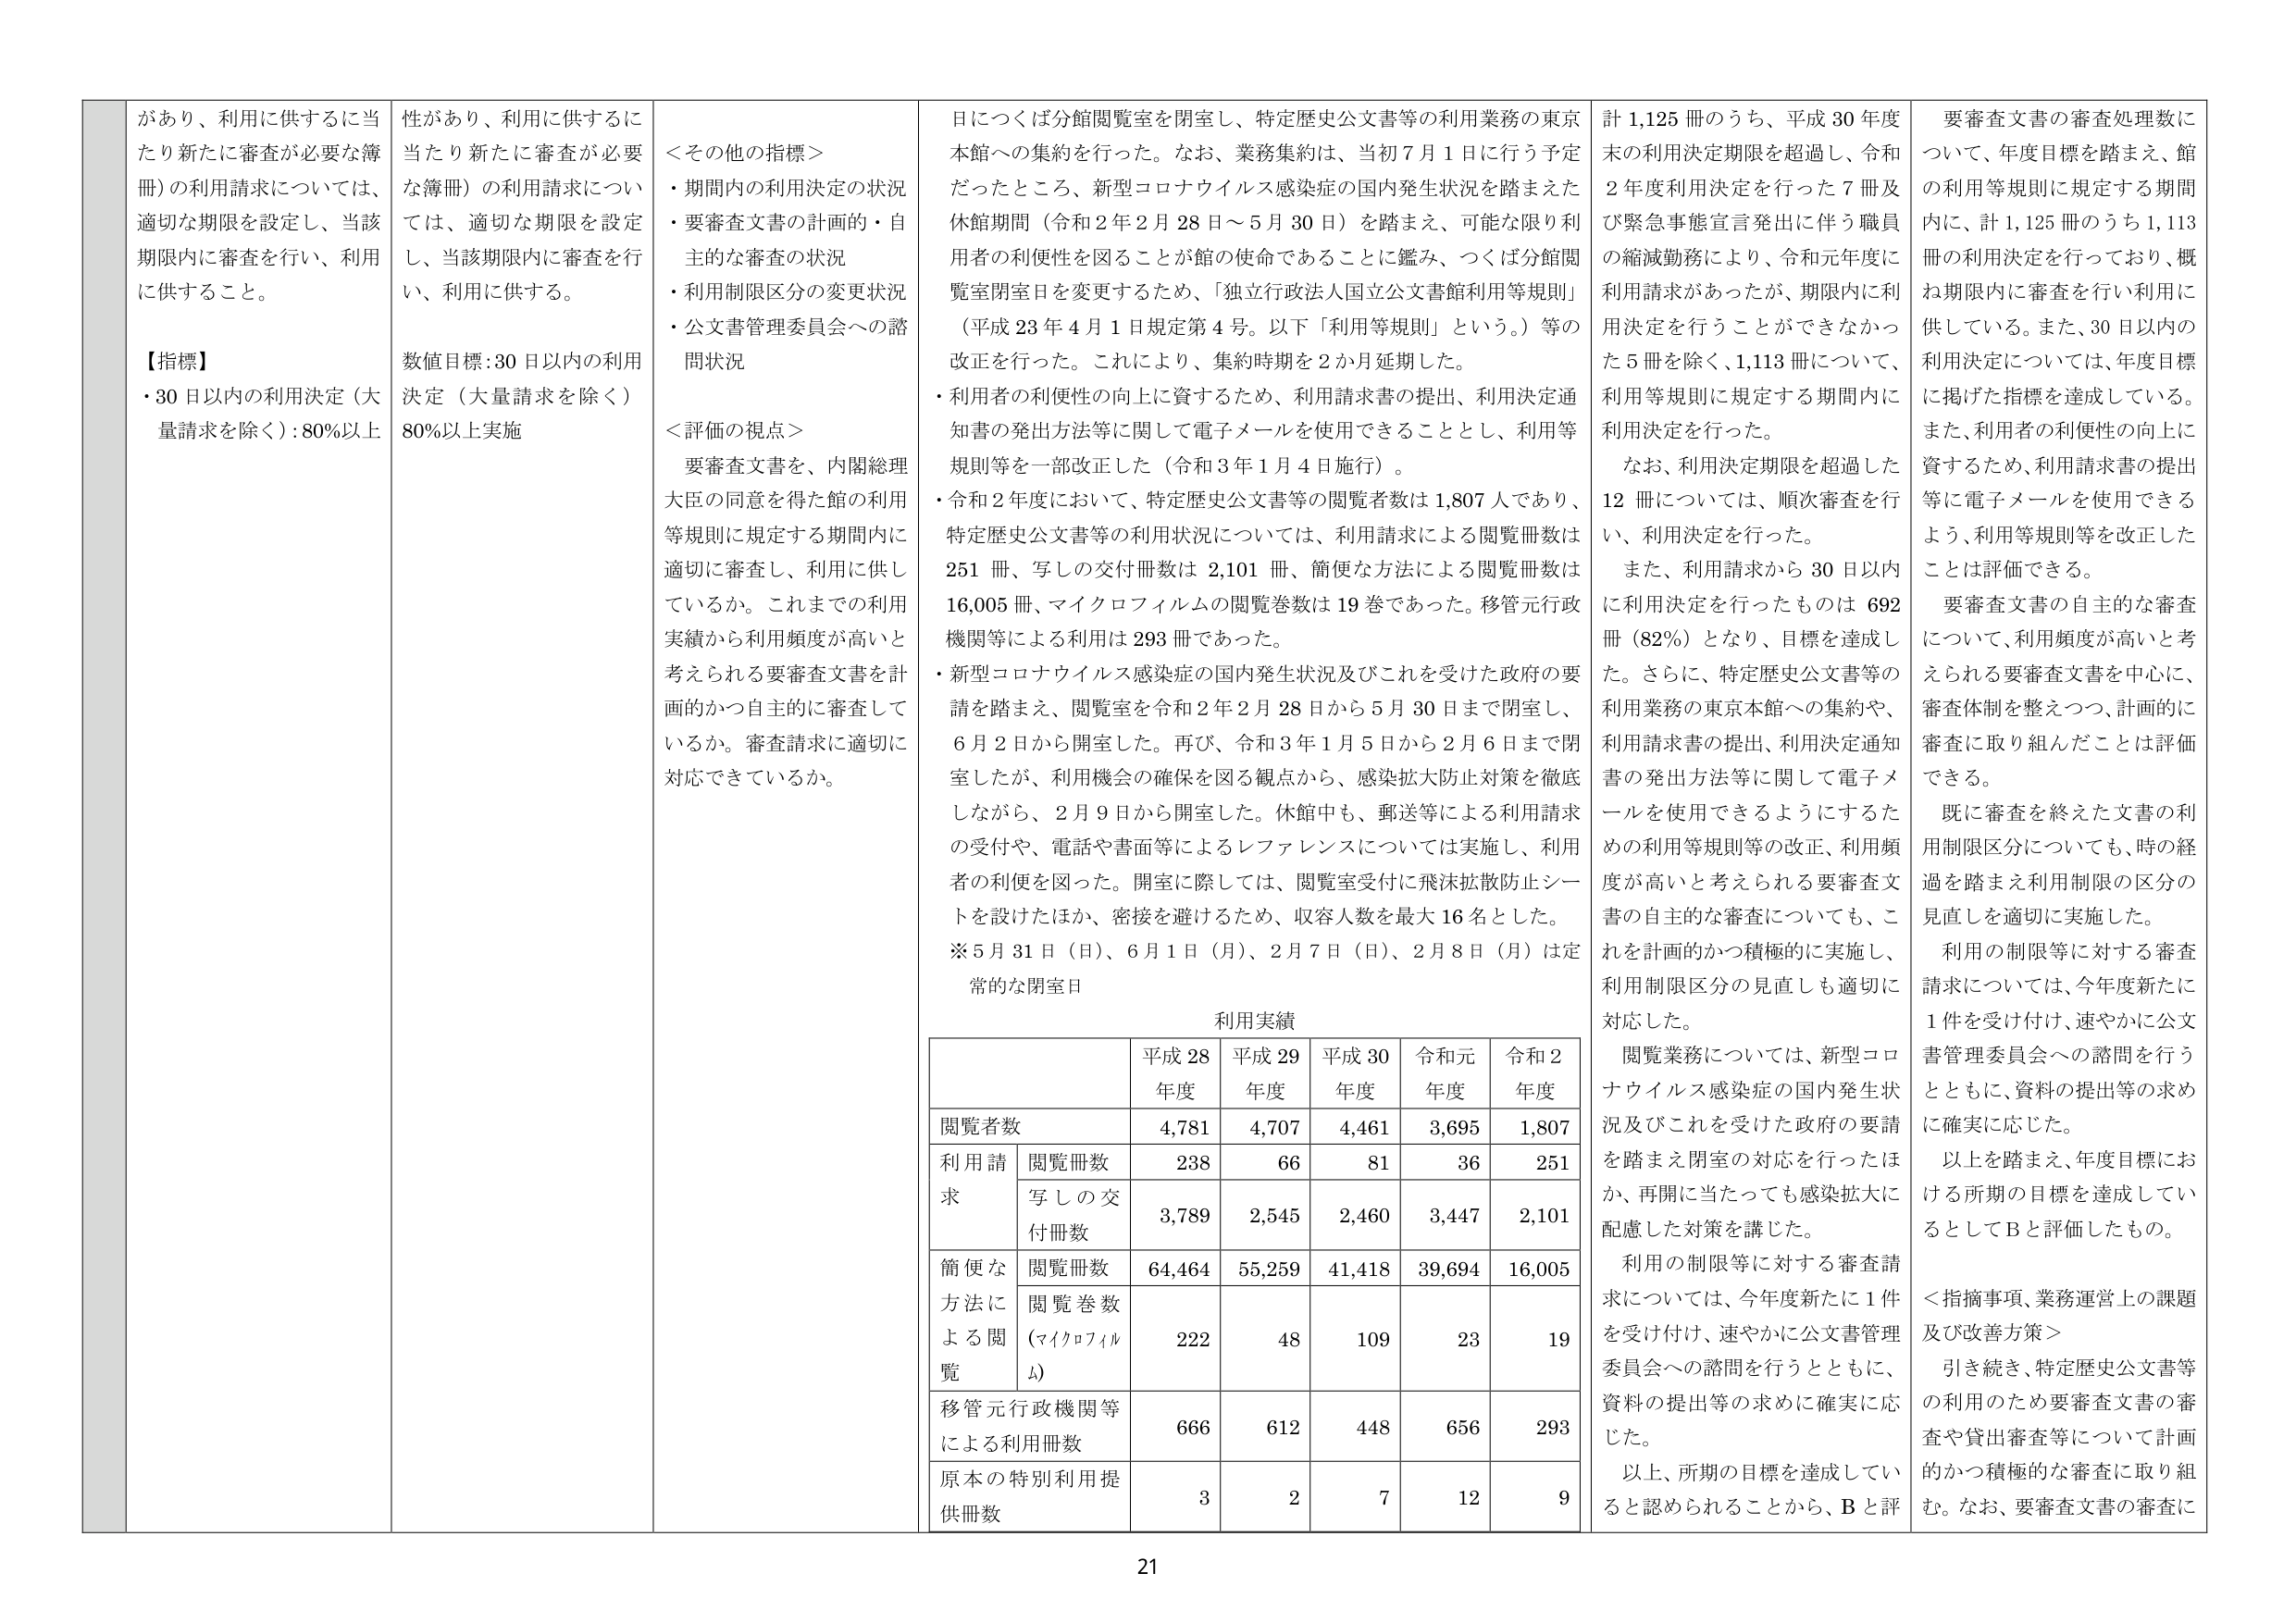
があり、利用に供するに当たり新たに審査が必要な簿冊）の利用請求については、適切な期限を設定し、当該期限内に審査を行い、利用に供すること。

【指標】
・30日以内の利用決定（大量請求を除く）：80％以上

性があり、利用に供するに当たり新たに審査が必要な簿冊）の利用請求については、適切な期限を設定し、当該期限内に審査を行い、利用に供する。

数値目標：30日以内の利用決定（大量請求を除く）80％以上実施

＜その他の指標＞
・期間内の利用決定の状況
・要審査文書の計画的・自主的な審査の状況
・利用制限区分の変更状況
・公文書管理委員会への諮問状況

＜評価の視点＞
要審査文書を、内閣総理大臣の同意を得た館の利用等規則に規定する期間内に適切に審査し、利用に供しているか。これまでの利用実績から利用頻度が高いと考えられる要審査文書を計画的かつ自主的に審査しているか。審査請求に適切に対応できているか。

日につくば分館閲覧室を閉室し、特定歴史公文書等の利用業務の東京本館への集約を行った。なお、業務集約は、当初7月1日に行う予定だったところ、新型コロナウイルス感染症の国内発生状況を踏まえた休館期間（令和2年2月28日～5月30日）を踏まえ、可能な限り利用者の利便性を図ることが館の使命であることに鑑み、つくば分館閲覧室閉室日を変更するため、「独立行政法人国立公文書館利用等規則」（平成23年4月1日規定第4号。以下「利用等規則」という。）等の改正を行った。これにより、集約時期を2か月延期した。

・利用者の利便性の向上に資するため、利用請求書の提出、利用決定通知書の発出方法等に関して電子メールを使用できることとし、利用等規則等を一部改正した（令和3年1月4日施行）。

・令和2年度において、特定歴史公文書等の閲覧者数は1,807人であり、特定歴史公文書等の利用状況については、利用請求による閲覧冊数は251冊、写しの交付冊数は2,101冊、簡便な方法による閲覧冊数は16,005冊、マイクロフィルムの閲覧巻数は19巻であった。移管元行政機関等による利用は293冊であった。

・新型コロナウイルス感染症の国内発生状況及びこれを受けた政府の要請を踏まえ、閲覧室を令和2年2月28日から5月30日まで閉室し、6月2日から開室した。再び、令和3年1月5日から2月6日まで閉室したが、利用機会の確保を図る観点から、感染拡大防止対策を徹底しながら、2月9日から開室した。休館中も、郵送等による利用請求の受付や、電話や書面等によるレファレンスについては実施し、利用者の利便を図った。開室に際しては、閲覧室受付に飛沫拡散防止シートを設けたほか、密接を避けるため、収容人数を最大16名とした。

※5月31日（日）、6月1日（月）、2月7日（日）、2月8日（月）は定常的な閉室日

利用実績

| | 平成28年度 | 平成29年度 | 平成30年度 | 令和元年度 | 令和2年度 |
|---|---|---|---|---|---|
| 閲覧者数 | 4,781 | 4,707 | 4,461 | 3,695 | 1,807 |
| 利用請求 | 閲覧冊数 | 238 | 66 | 81 | 36 | 251 |
| | 写しの交付冊数 | 3,789 | 2,545 | 2,460 | 3,447 | 2,101 |
| 簡便な方法による閲覧 | 閲覧冊数 | 64,464 | 55,259 | 41,418 | 39,694 | 16,005 |
| | 閲覧巻数（マイクロフィルム） | 222 | 48 | 109 | 23 | 19 |
| 移管元行政機関等による利用冊数 | | 666 | 612 | 448 | 656 | 293 |
| 原本の特別利用提供冊数 | | 3 | 2 | 7 | 12 | 9 |

計1,125冊のうち、平成30年度末の利用決定期限を超過し、令和2年度利用決定を行った7冊及び緊急事態宣言発出に伴う職員の縮減勤務により、令和元年度に利用請求があったが、期限内に利用決定を行うことができなかった5冊を除く、1,113冊について、利用等規則に規定する期間内に利用決定を行った。

なお、利用決定期限を超過した12冊については、順次審査を行い、利用決定を行った。

また、利用請求から30日以内に利用決定を行ったものは692冊（82％）となり、目標を達成した。さらに、特定歴史公文書等の利用業務の東京本館への集約や、利用請求書の提出、利用決定通知書の発出方法等に関して電子メールを使用できるようにするための利用等規則等の改正、利用頻度が高いと考えられる要審査文書の自主的な審査についても、これを計画的かつ積極的に実施し、利用制限区分の見直しも適切に対応した。

閲覧業務については、新型コロナウイルス感染症の国内発生状況及びこれを受けた政府の要請を踏まえ閉室の対応を行ったほか、再開に当たっても感染拡大に配慮した対策を講じた。

利用の制限等に対する審査請求については、今年度新たに1件を受け付け、速やかに公文書管理委員会への諮問を行うとともに、資料の提出等の求めに確実に応じた。

以上、所期の目標を達成していると認められることから、Bと評価。

要審査文書の審査処理数について、年度目標を踏まえ、館の利用等規則に規定する期間内に、計1,125冊のうち1,113冊の利用決定を行っており、概ね期限内に審査を行い利用に供している。また、30日以内の利用決定については、年度目標に掲げた指標を達成している。また、利用者の利便性の向上に資するため、利用請求書の提出等に電子メールを使用できるよう、利用等規則等を改正したことは評価できる。

要審査文書の自主的な審査について、利用頻度が高いと考えられる要審査文書を中心に、審査体制を整えつつ、計画的に審査に取り組んだことは評価できる。

既に審査を終えた文書の利用制限区分についても、時の経過を踏まえ利用制限の区分の見直しを適切に実施した。

利用の制限等に対する審査請求については、今年度新たに1件を受け付け、速やかに公文書管理委員会への諮問を行うとともに、資料の提出等の求めに確実に応じた。

以上を踏まえ、年度目標における所期の目標を達成しているとしてBと評価したもの。

＜指摘事項、業務運営上の課題及び改善方策＞
引き続き、特定歴史公文書等の利用のため要審査文書の審査や貸出審査等について計画的かつ積極的な審査に取り組む。なお、要審査文書の審査に

21